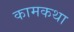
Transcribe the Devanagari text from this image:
कामकथा